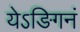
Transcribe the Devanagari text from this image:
येऽङिगनं